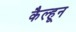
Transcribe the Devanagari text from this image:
कैल्हून